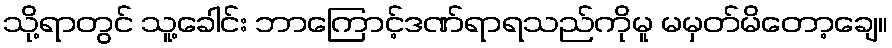
သို့ရာတွင် သူ့ခေါင်း ဘာကြောင့်ဒဏ်ရာရသည်ကိုမူ မမှတ်မိတော့ချေ။